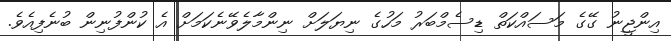
އިންޖީނު ގޭގެ މަސައްކަތް ޑިސެމްބަރު މަހުގެ ނިޔަލަށް ނިންމާލެވޭނެކަަމަށް އެ ކުންފުނިން ބުނެފިއެވެ.